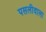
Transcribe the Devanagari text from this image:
पसलीवाला